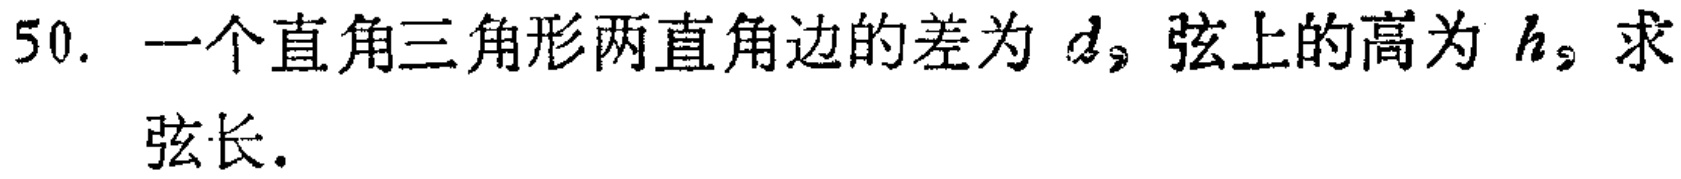
50. 一个直角三角形两直角边的差为 \(d\)，弦上的高为 \(h\)，求弦长.